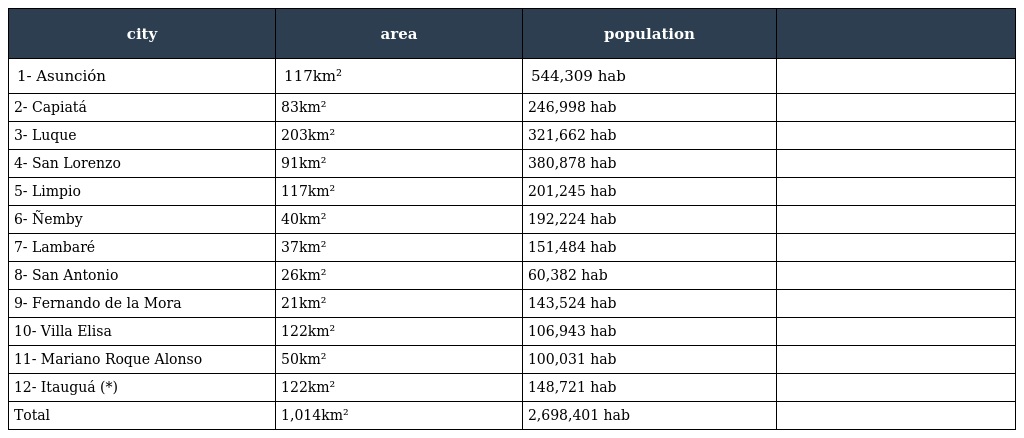
| city | area | population |  |
 | --- | --- | --- | --- |
 | 1- Asunción | 117km² | 544,309 hab |  |
 | 2- Capiatá | 83km² | 246,998 hab |  |
 | 3- Luque | 203km² | 321,662 hab |  |
 | 4- San Lorenzo | 91km² | 380,878 hab |  |
 | 5- Limpio | 117km² | 201,245 hab |  |
 | 6- Ñemby | 40km² | 192,224 hab |  |
 | 7- Lambaré | 37km² | 151,484 hab |  |
 | 8- San Antonio | 26km² | 60,382 hab |  |
 | 9- Fernando de la Mora | 21km² | 143,524 hab |  |
 | 10- Villa Elisa | 122km² | 106,943 hab |  |
 | 11- Mariano Roque Alonso | 50km² | 100,031 hab |  |
 | 12- Itauguá (*) | 122km² | 148,721 hab |  |
 | Total | 1,014km² | 2,698,401 hab |  |